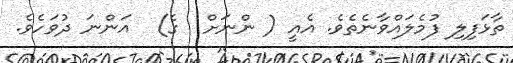
ތާޅަފިލި ފުމެލައްވާނެތެވެ. އެއީ ( ންނަށް  ގެ)  އަންނަ ދުވަހެވެ.